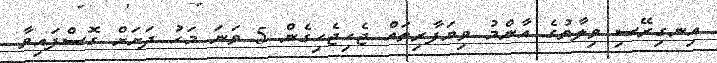
އިނގިރޭސި ވިލާތުގެ އާންމު ވިޔަފާރިތައް ޖެހިޖެހިގެން 5 ވަނަ މަހު ދަށަށް ގޮސްފައިވާ